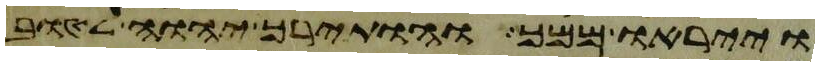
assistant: וייראו ממך והותירך יהוה לטוב